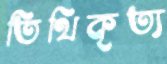
তিথিকৃত্য